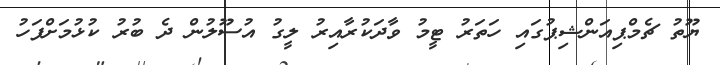
ޔޫތު ޗެމްޕިއަންޝިޕުގައި ހަތަރު ޓީމު ވާދަކުރާއިރު ލީގު އުސޫލުން ދެ ބުރު ކުޅުމަށްފަހު